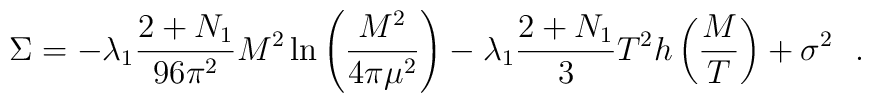
\Sigma= -\lambda_1 \frac{2+N_1}{96 \pi^2} M^2\ln \left(\frac{M^2}{4\pi\mu^2}\right)-\lambda_1 \frac{2+N_1}{3} T^2 h \left(\frac{M}{T}\right) + \sigma^2~~.